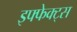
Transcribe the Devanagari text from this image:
इफ्फेक्ट्स